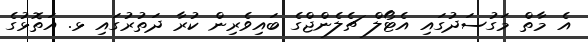
އެ މާތް މަގުސަދުގައި އެޓޯލް ޗެލެންޖްގެ ބައިވެރިން ކުރާ ދަތުރުގައި ޅ. އަތޮޅުގެ